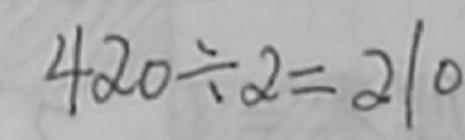
4 2 0 \div 2 = 2 1 0